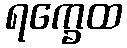
ရက္ခေထ